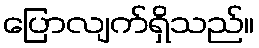
ပြောလျက်ရှိသည်။